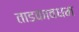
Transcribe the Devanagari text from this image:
ताडकावधम